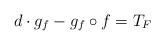
LaTeX: \begin{align*} d\cdot g_f-g_f\circ f=T_F\end{align*}